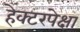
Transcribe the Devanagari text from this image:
हेक्टरपेक्षा